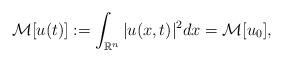
LaTeX: \begin{align*}\mathcal M[u(t)]:=\int_{\mathbb{R}^n} |u(x,t)|^2 dx = \mathcal M [u_0],\end{align*}